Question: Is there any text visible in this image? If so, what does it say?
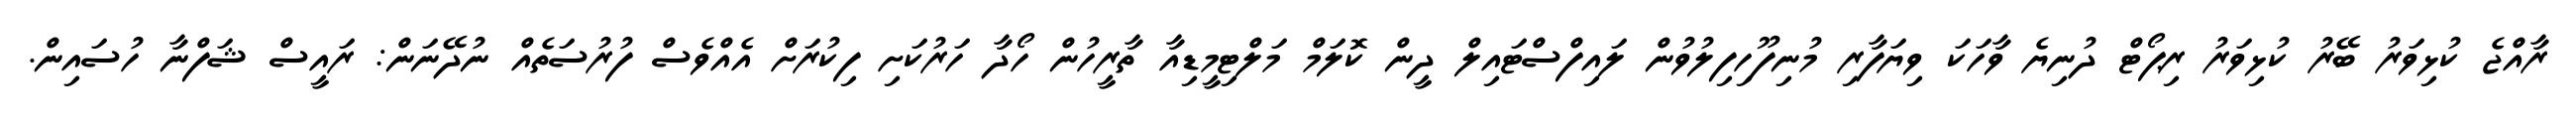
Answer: ރާއްޖެ ކުޅިވަރު ބޭރު ކުޅިވަރު ރިޕޯޓް ދުނިޔެ ވާހަކަ ވިޔަފާރި މުނިފޫހިފިލުވުން ލައިފްސްޓައިލް ދީން ކޮލަމް މަލްޓިމީޑިއާ ތާރީހުން ހޯދާ ހަރުކަށި ފިކުރަށް އެއްވެސް ފުރުސަތެއް ނުދޭނަން: ރައީސް ޝަފްނާ ހުސައިން.